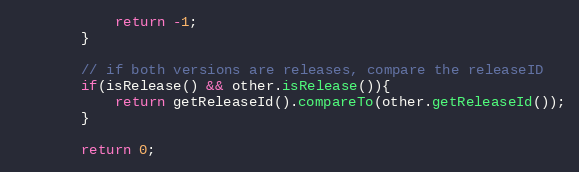
Language: Java
			return -1;
		}

		// if both versions are releases, compare the releaseID
		if(isRelease() && other.isRelease()){
			return getReleaseId().compareTo(other.getReleaseId());
		}

		return 0;